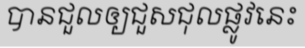
បានជួលឲ្យជួសជុលផ្លូវនេះ